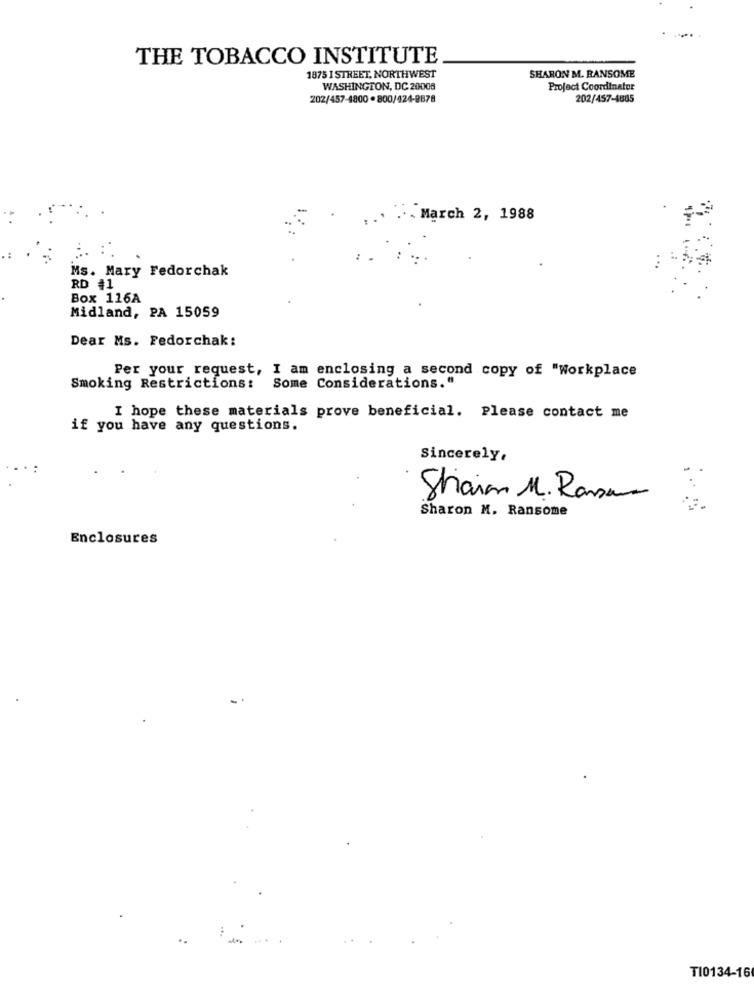
THE TOBACCO INSTITUTE
1875 I STREET, NORTHWEST
SHARON M. RANSOME
WASHINGTON, DC 20008
Project Coordinator
202/457-4800 .800/424-8878
202/457-4885
March 2, 1988
Ms. Mary Fedorchak
RD #1
Box 116A
Midland, PA 15059
Dear Ms. Fedorchak:
Per your request, I am enclosing a second copy of "Workplace
Smoking Restrictions: Some Considerations."
I hope these materials prove beneficial. Please contact me
if you have any questions.
Sincerely.
.:
Staion M. Rasum
Sharon M. Ransome
Enclosures
TI0134-16